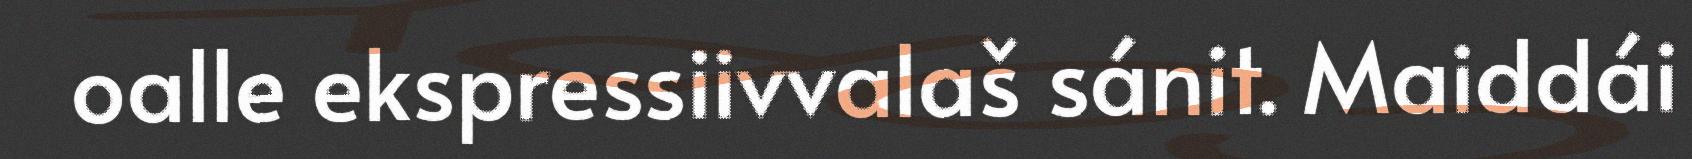
oalle ekspressiivvalaš sánit. Maiddái